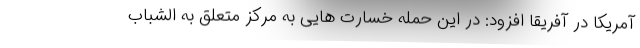
آمریکا در آفریقا افزود: در این حمله خسارت هایی به مرکز متعلق به الشباب